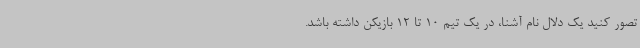
تصور کنید یک دلال نام آشنا، در یک تیم 10 تا 12 بازیکن داشته باشد.